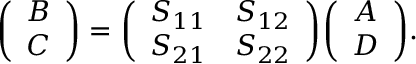
{ \left( \begin{array} { l } { B } \\ { C } \end{array} \right) } = { \left( \begin{array} { l l } { S _ { 1 1 } } & { S _ { 1 2 } } \\ { S _ { 2 1 } } & { S _ { 2 2 } } \end{array} \right) } { \left( \begin{array} { l } { A } \\ { D } \end{array} \right) } .